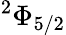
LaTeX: ^{2}\Phi_{5/2}